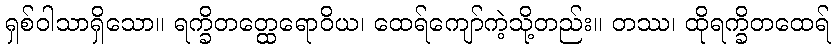
ရှစ်ဝါသာရှိသော။ ရက္ခိတတ္ထေရောဝိယ၊ ထေရ်ကျော်ကဲ့သို့တည်း။ တဿ၊ ထိုရက္ခိတထေရ်